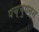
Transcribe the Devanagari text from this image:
पच्चुपन्न